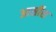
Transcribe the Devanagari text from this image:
आर्सीस